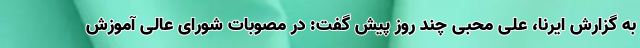
به گزارش ایرنا، علی محبی چند روز پیش گفت: در مصوبات شورای عالی آموزش